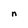
Character: n